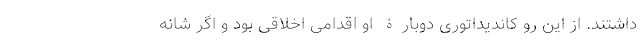
داشتند. از این رو کاندیداتوری دوبارۀ او اقدامی اخلاقی بود و اگر شانه